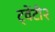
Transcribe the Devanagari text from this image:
ट्वेंटी२